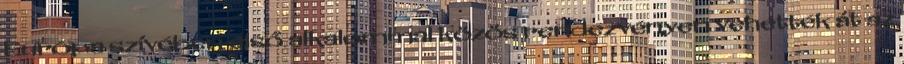
Európa szívében első alkalommal közös rendezvényen vehették át az